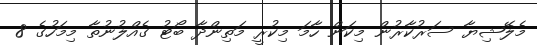
މެލޭޝިޔާ ސަރުކާރުން މިކަން ހާމަ މިކުރީ މަތިންދާ ބޯޓު ގެއްލުނުތާ މިމަހުގެ 8